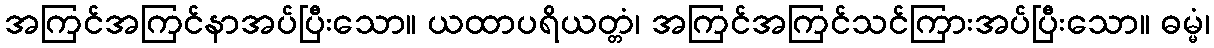
အကြင်အကြင်နာအပ်ပြီးသော။ ယထာပရိယတ္တံ၊ အကြင်အကြင်သင်ကြားအပ်ပြီးသော။ ဓမ္မံ၊